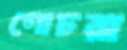
গোচরা